Seli_vallavalitsus_Parnumaal, lk 28
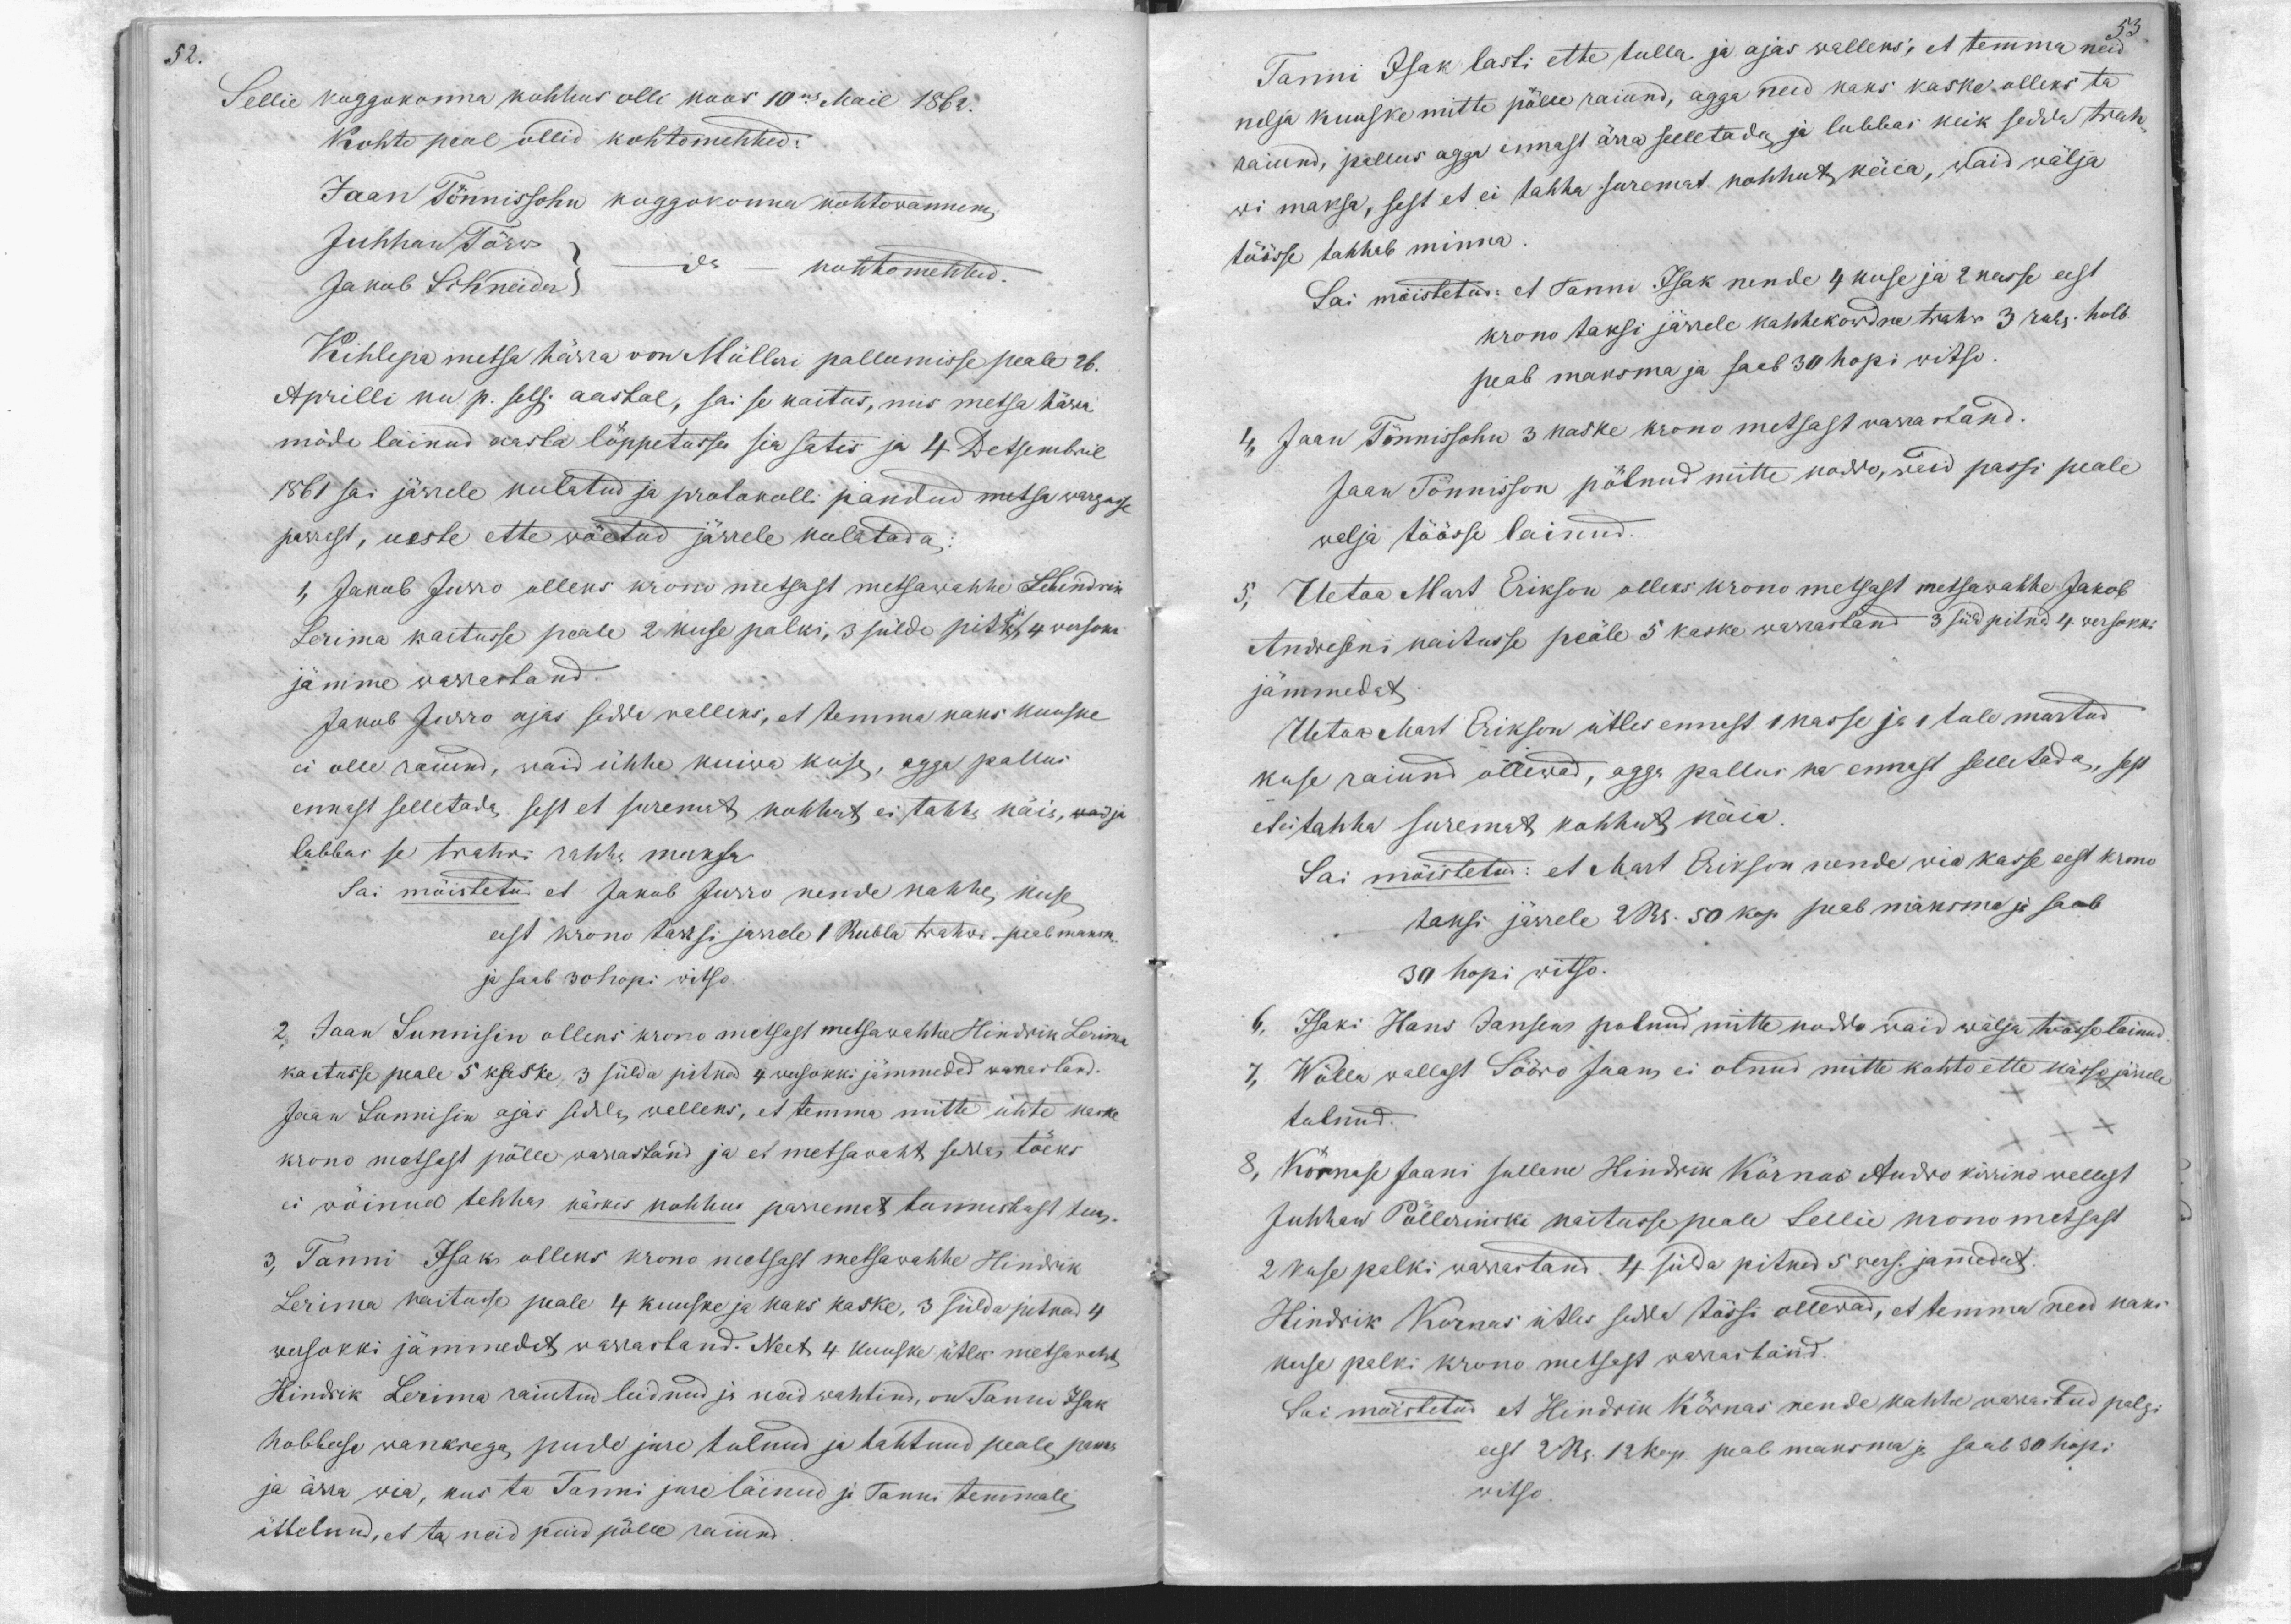
52.

Sellie koggokonna kohhus olli koos 10mal Mail 1862.
Kohto peal ollid kohtomehhed:
Jaan Tönnissohn koggokonna kohtowannem
Juhhan Törw
Jakob Scihneider
kohtomehhed
Kihlepa metsa härra von Mülleri pallumisse peale 26.
Aprilli ku p. selsi aastal, sai se kaetus, mis metsa härra
möda läinud aasta lõppetusse sia satis ja 4 Detsembril
1861 sai järrele kulatud ja protokolli pandud metsa wargusse
parrast, ueste ette wöetud järrele kulatada:
1, Jakob Jurro olleks krono metsast metsawahhe Hindrik
Lerima kaitusse peale 2 kuse palki, 3 sülda pikk ja 4 wersoki
jämme warrastand.
Jakob Jurro ajas sedda walleks, et temma kaks kuuske
ei olle raiund, waid ühhe kuiwa kuse, agga pallus
ennast selletada, sest et suremat, kohhut ei tahta käia, kad ja
lubbas se trahwi rahha maksa
Sai möistetud et Jakob Jurro nende kahhe kuse
eest krono taksi järrele 1 Rubla trahwi - peab maksma
ja saab 30 hopi witso.
2. Jaan Sunnisin olleks krono metsast metsawahhe Hindrik Lerima
kaitusse peale 5 kaske, 3 sülda pitkad 4 wersokki jämmeded warastand
Jaan Sunnisin ajas sedda walleks, et temma mitte ühte kaske
krono metsast pölle warrastand ja et metsawaht sedda töeks
ei wöinud tehha käskis kohhus parremat tunnistust tuua.
3, Tanni Isak olleks krono metsast metsawahhe Hindrik
Lerima kaitusse peale 4 kuuske ja kaks kaske, 3 sülda pitkad 4
wersokki jämmedat warrastand. Neet 4 kuuske ütles metsawaht
Hindrik Lerima raiutud leidnud ja neid wahtind, on Tanni Isak
hobbuse wankrega, pude jure tulnud ja tahtnud peale, panna
ja ärra wia, kus ta Tanni jure läinud ja Tanni temmale
üttelnud, et ta neid puid pölle raiund

Tanni Isak lasti ette tulla ja ajas walleks, et temma neid
53
raiund, pallus aga ennast ärra selletada ja lubbas kõik sedda trah-
nelja kuuske mitte pölle raiund, agga need kaks kaske olleks ta
wi maksa, sest et ei tahha suremat kohhut käia, waid wälja
töösse tahhab minna.
Sai mõistetud: et Tanni Isak nende 4 kuse ja 2 kasse eest
krono taksi järrele kahhekordne trahw 3 rub. hobb.
peab maksma ja saab 30 hopi witso
4, Jaan Tõnnissohn 3 kaske krono metsast warrastand.
Jaan Tõnnisson põlnud mitte koddo, waid passi peale
walja töösse lainud.
5. Uetoa Mart Erikson olleks krono metsast metsawahhe Jakob
Andreseni kaitusse peäle 5 kaske warrastand 3 süld pitkad 4 werssokki
jämmedat
Uetoa Mart Erikson ütles ennast 1 kasse ja 1 tule murtud
kuse raiund ollewad, agga pallus ka ennast selletada, sest
et ei tahha suremat kohhut käia.
Sai mõistetud: et Mart Erikson nende wia kasse eest krono
taksi järrele 2 R. 50 kop. saab maksma ja saab
30 hopi witso.
6, Isaki Hans Jansen polnud mitte koddo waid wälja tösse läinud
tulnud.
7, Wölla wallast Sööro Jaan ei olnud mitte kohto ette kässo järrele
8, Körnase Jaani sullane Hindrik Kärnas Audro kirriko wallast
Juhhan Pöllerinski kaitusse peale Sellie krono metsast
2 kuse palki warrastand. 4 sülda pitkad 5 wers. jämmedat.
Hindrik Kornas ütles sedda tössi ollewad, et temma need kaks
kuse palki krono metsast warrastand.
Sai möistetud et Hindrik Körnas nende kahhe warrastud palgi
eest 2 R. 12 kop. peab maksma ja saab 30 hopi
witso